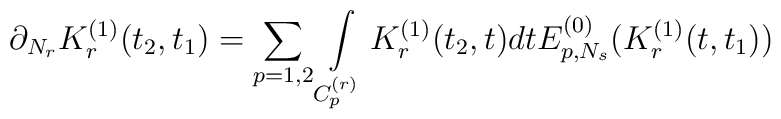
\partial_{N_r}K_r^{(1)}(t_2,t_1)=\sum_{p=1,2}\int\limits_{C_p^{(r)}}K_r^{(1)}(t_2,t)dtE_{p,N_s}^{(0)}(K_r^{(1)}(t,t_1))